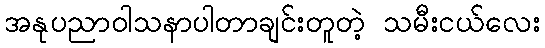
အနုပညာဝါသနာပါတာချင်းတူတဲ့ သမီးငယ်လေး